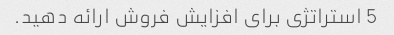
5 استراتژی برای افزایش فروش ارائه دهید.